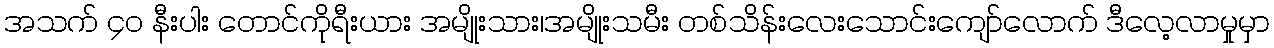
အသက် ၄၀ နီးပါး တောင်ကိုရီးယား အမျိုးသား၊အမျိုးသမီး တစ်သိန်းလေးသောင်းကျော်လောက် ဒီလေ့လာမှုမှာ